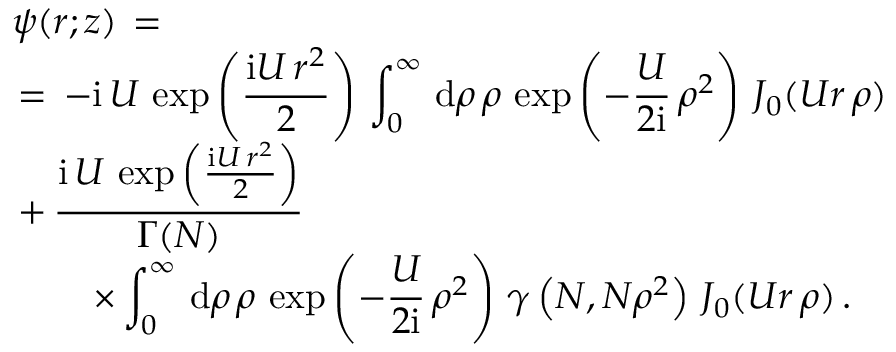
\begin{array} { l } { \displaystyle \psi ( \boldsymbol { r } ; z ) \, = \, } \\ { \displaystyle \, = \, - { \mathrm { i } \, U \, \exp \left( \frac { \mathrm { i } U \, r ^ { 2 } } 2 \right) } \, \int _ { 0 } ^ { \infty } \, \mathrm { d } \rho \, \rho \, \exp \left( - \frac U { 2 \mathrm { i } } \, \rho ^ { 2 } \right) \, J _ { 0 } ( U r \, \rho ) \, } \\ { \displaystyle \, + \, \frac { \mathrm { i } \, U \, \exp \left( \frac { \mathrm { i } U \, r ^ { 2 } } 2 \right) } { \Gamma ( N ) } \, } \\ { \displaystyle \qquad \, \times \int _ { 0 } ^ { \infty } \, \mathrm { d } \rho \, \rho \, \exp \left( - \frac U { 2 \mathrm { i } } \, \rho ^ { 2 } \right) \, \gamma \left( N , N \rho ^ { 2 } \right) \, J _ { 0 } ( U r \, \rho ) \, . } \end{array}